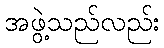
အဖွဲ့သည်လည်း